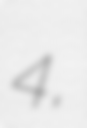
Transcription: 4,